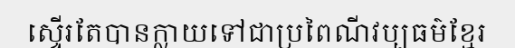
ស្ទើរតែបានក្លាយទៅជាប្រពៃណីវប្បធម៌ខ្មែរ